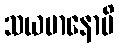
သယမာနောပိ